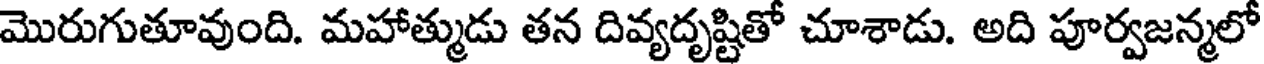
మొరుగుతూవుంది. మహాత్ముడు తన దివ్యదృష్టితో చూశాడు. అది పూర్వజన్మలో